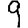
Digit: 9